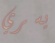
يسري